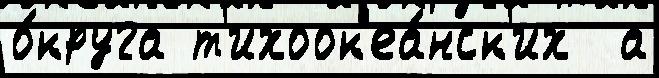
о́круга т'ихоок'еа́нск'их  а